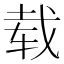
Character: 载